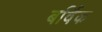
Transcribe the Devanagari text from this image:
बर्विक